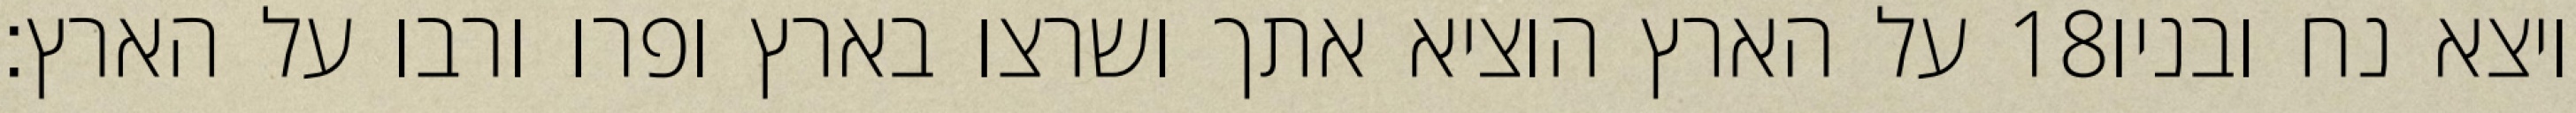
על הארץ הוציא אתך ושרצו בארץ ופרו ורבו על הארץ׃ ‎18‏ ויצא נח ובניו